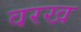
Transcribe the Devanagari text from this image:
वरख